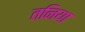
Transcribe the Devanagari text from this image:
तनिया